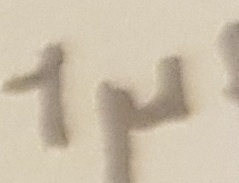
Text: 1µF